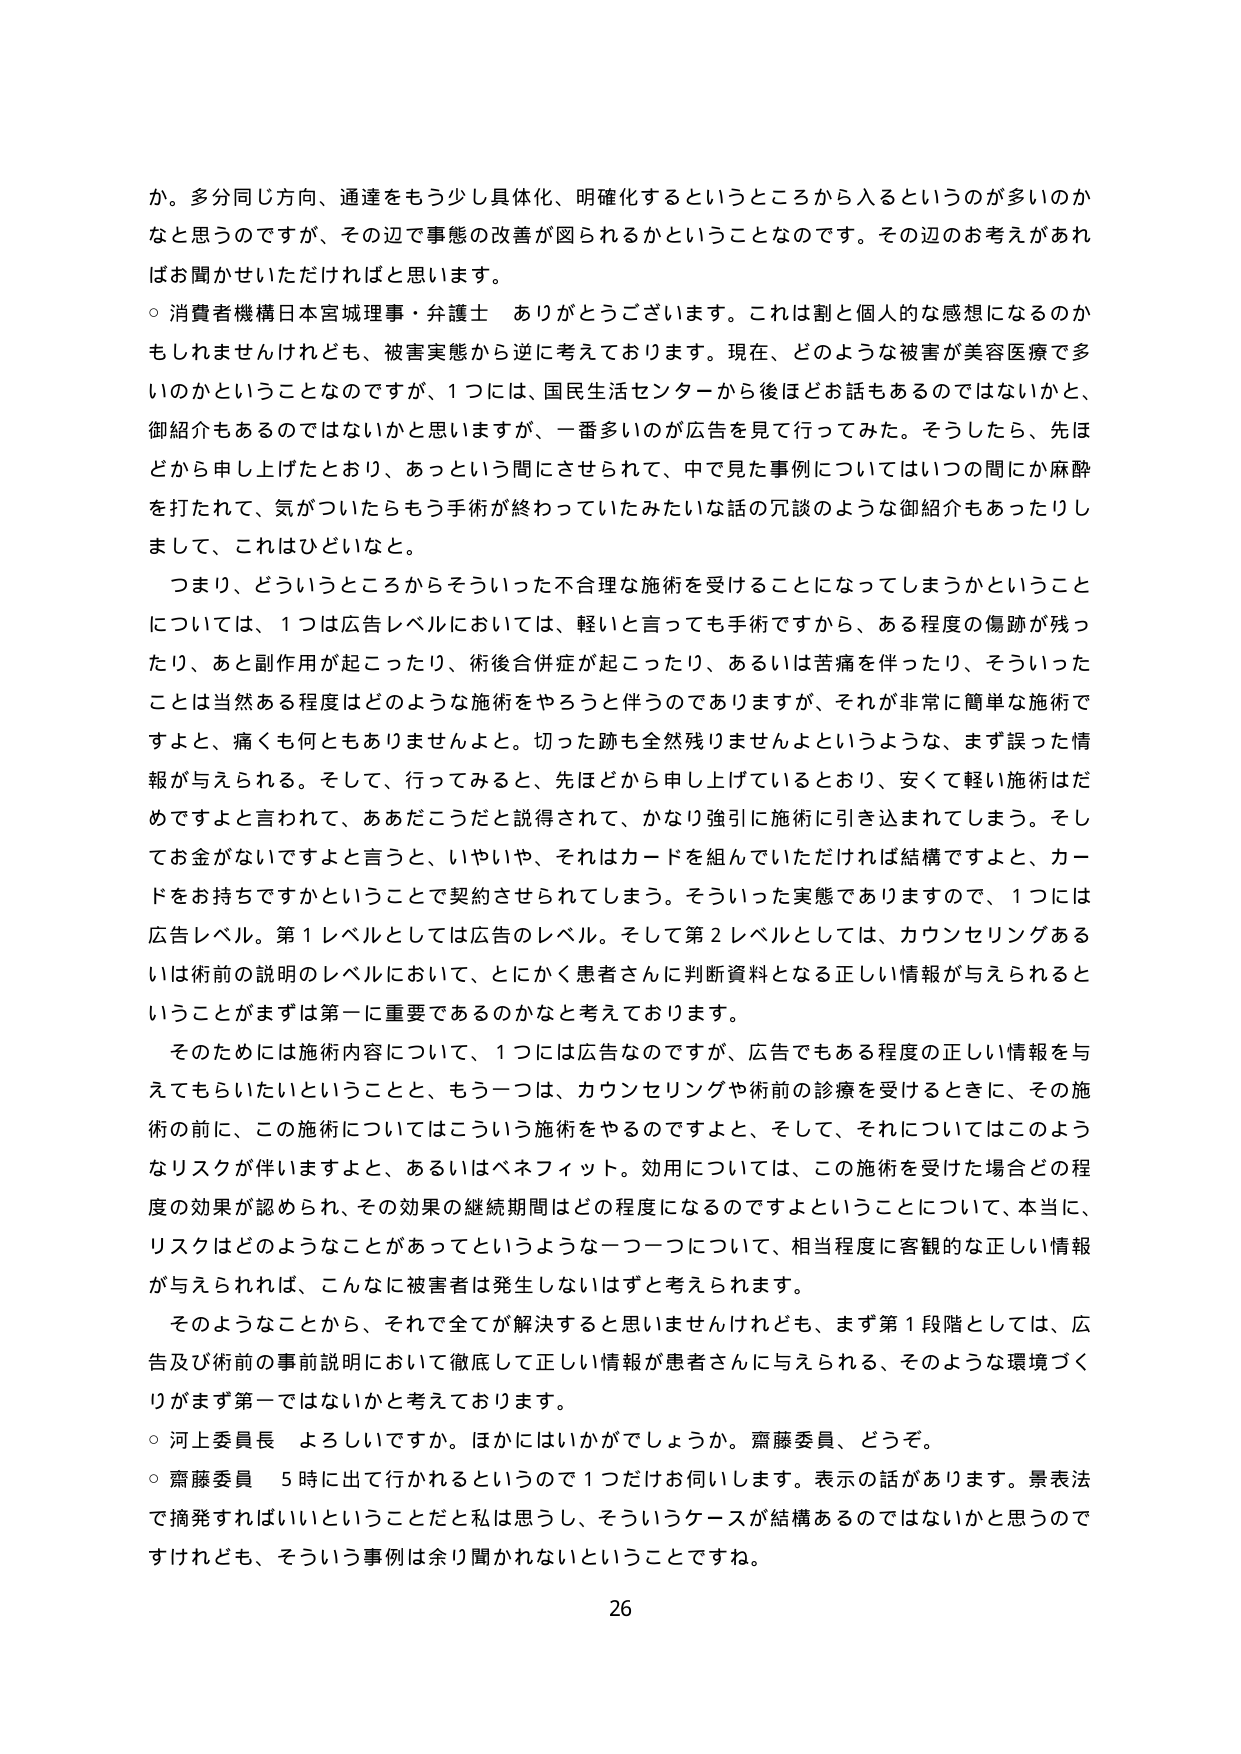
か。多分同じ方向、通達をもう少し具体化、明確化するというところから入というのが多いのかなと思うのですが、その辺で事態の改善が図られるかということなのです。その辺のお考えがあればお聞かせいただければと思います。

○ 消費者機構日本宮城理事・弁護士 ありがとうございます。これは割と個人的な感想になるのかもしれませんが、被害実態から逆に考えております。現在、どのような被害が美容医療で多いのかということなのですが、1つには、国民生活センターから後ほどお話もあるのではないかと、御紹介もあるのではないかと思いますが、一番多いのが広告を見て行ってみた。そうしたら、先ほどから申し上げたとおり、あっという間にさせられて、中で見た事例についてはいつの間にか麻酔を打たれて、気がついたらもう手術が終わっていたみたいな話の冗談のような御紹介もあったりしまして、これはひどいなと。

つまり、どういうところからそういった不合理な施術を受けることになってしまうかということについては、1つは広告レベルにおいては、軽いと言っても手術ですから、ある程度の傷跡が残ったり、あと副作用が起こったり、術後合併症が起こったり、あるいは苦痛を伴ったり、そういったことは当然ある程度はどのような施術をやろうと伴うのでありますが、それが非常に簡単な施術ですよと、痛くも何ともありませんよと。切った跡も全然残りませんよというような、まず誤った情報が与えられる。そして、行ってみると、先ほどから申し上げているとおり、安くて軽い施術だめですよと言われて、ああだこうだと説得されて、かなり強引に施術に引き込まれてしまう。そしてお金がないですよと言うと、いやいや、それはカードを組んでいただければ結構ですよと、カードをお持ちですかということで契約させられてしまう。そういった実態でありますので、1つは広告レベル。第1レベルとしては広告のレベル。そして第2レベルとしては、カウンセリングあるいは術前の説明のレベルにおいて、とにかく患者さんに判断資料となる正しい情報が与えられるということがまずは第一に重要であるのかなと考えております。

そのためには施術内容について、1つには広告なのですが、広告でもある程度の正しい情報を与えてもらいたいということと、もう一つは、カウンセリングや術前の診療を受けるときに、その施術の前に、この施術についてはこういう施術をやるのですよと、そして、それについてはこのようなリスクが伴いますよと、あるいはベネフィット。効用については、この施術を受けた場合どの程度の効果が認められ、その効果の継続期間はどの程度になるのですよということについて、本当に、リスクはどのようなことがあってというような一つ一つについて、相当程度に客観的な正しい情報が与えられれば、こんなに被害者は発生しないはずと考えられます。

そのようなことから、それで全てが解決するとは思いませんけれども、まず第1段階としては、広告及び術前の事前説明において徹底して正しい情報が患者さんに与えられる、そのような環境づくりがまず第一ではないかと考えております。

○ 河上委員長 よろしいですか。ほかにはいかがでしょうか。齋藤委員、どうぞ。

○ 齋藤委員 5時に出て行かれるというので1つだけお伺いします。表示の話があります。景表法で摘発すればいいということだと私は思うし、そういうケースが結構あるのではないかと思うのですけれども、そういう事例は余り聞かれないということですね。

26